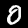
Label: 0